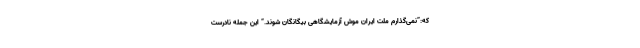
که:”نمی‌گذارم ملت ایران موش آزمایشگاهی بیگانگان شوند.“ این جمله نادرست